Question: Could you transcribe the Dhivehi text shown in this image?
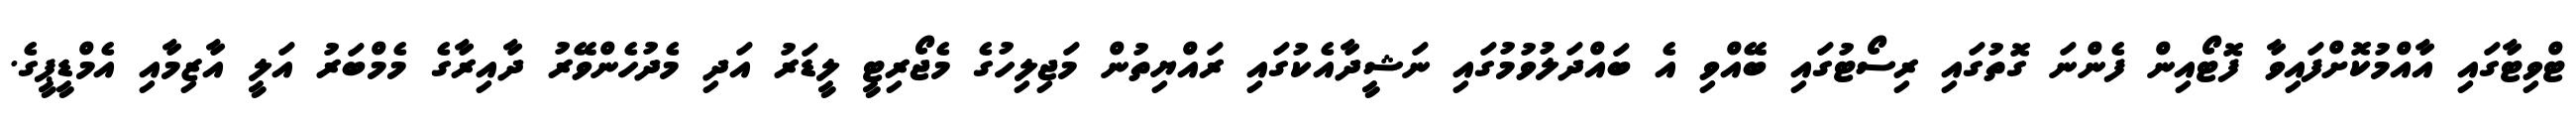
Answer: ޓްވިޓާގައި އާއްމުކޮށްފައިވާ ފޮޓޯއިން ފެންނަ ގޮތުގައި ރިސޯޓުގައި ބޭއްވި އެ ބައްދަލުވުމުގައި ނަޝީދާއެކުގައި ރައްޔިތުން މަޖިލިހުގެ މެޖޯރިޓީ ލީޑަރު އަދި މެދުހެންވޭރު ދާއިރާގެ މެމްބަރު އަލީ އާޒިމާއި އެމްޑީޕީގެ.